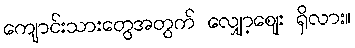
ကျောင်းသားတွေအတွက် လျှော့ဈေး ရှိလား။